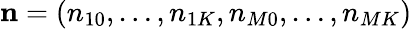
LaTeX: \mathbf{n}=(n_{10},\ldots,n_{1K},n_{M0},\ldots,n_{MK})